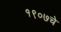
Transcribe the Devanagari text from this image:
१९०७चे